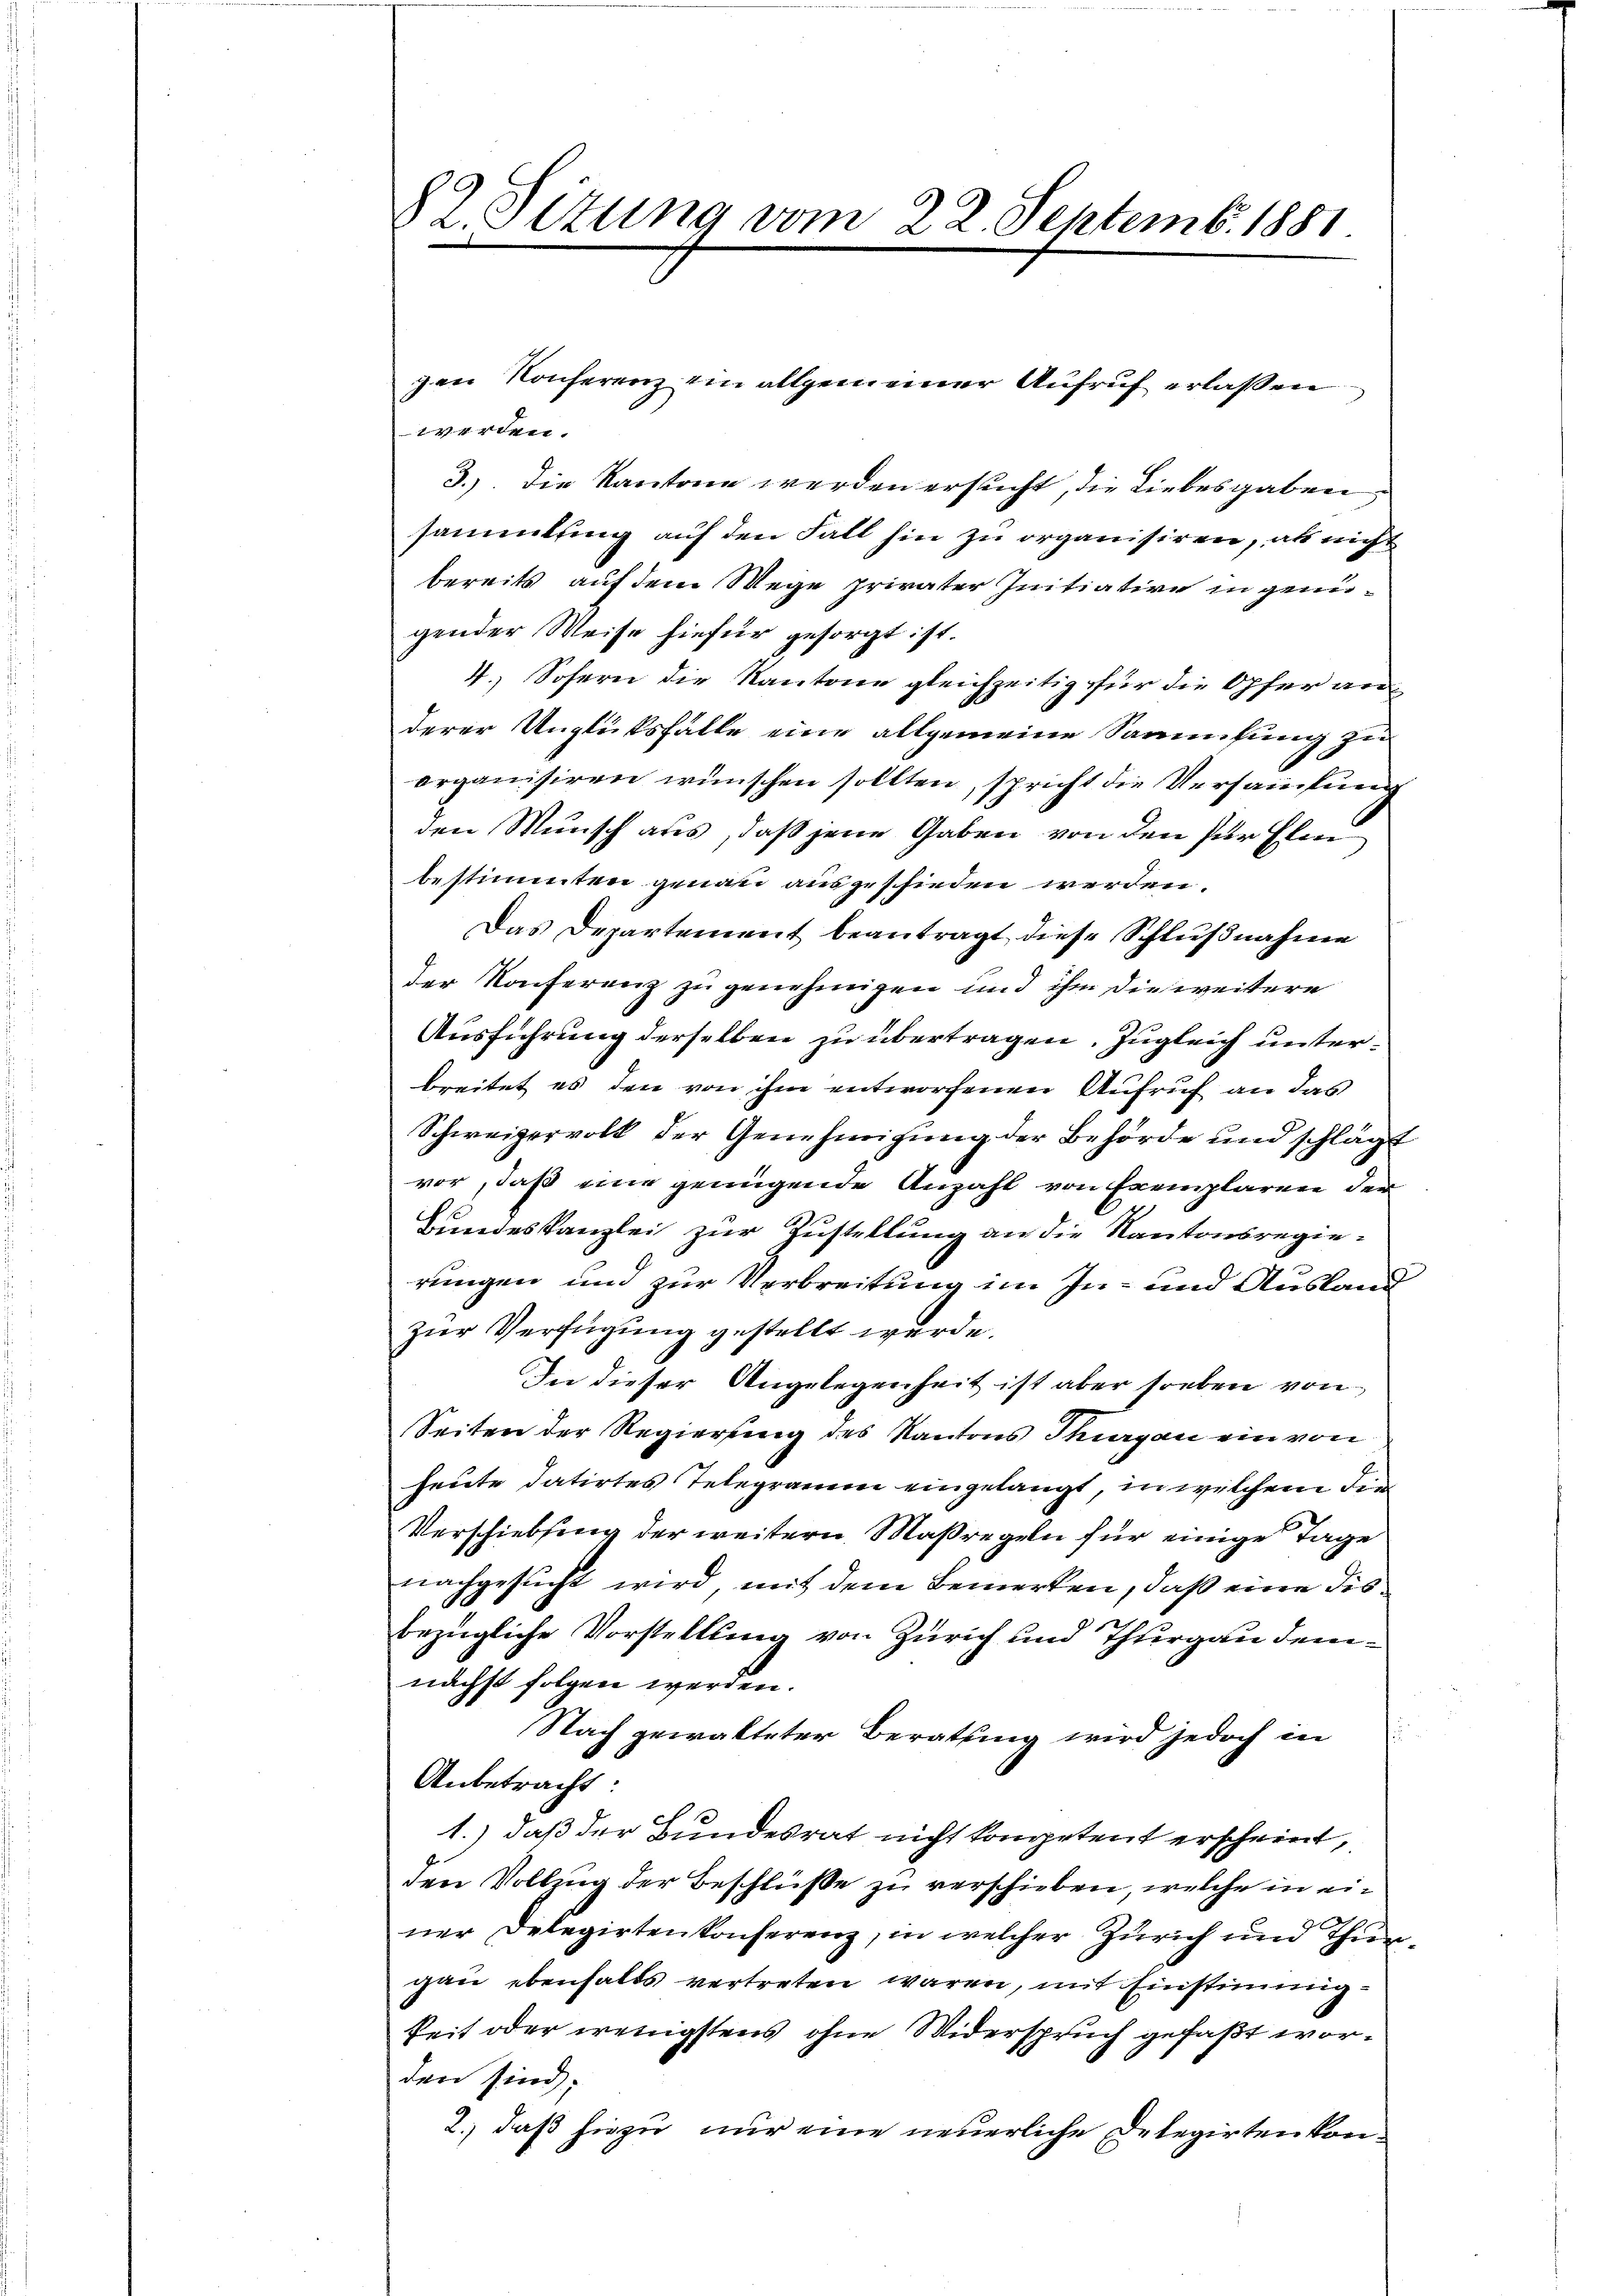
gen Konferenz ein allgemeiner Aufruf erlaßen
werden.
3.) Die Kantone werden ersucht, die Liebesgaben,
sammlung auf den Fall hin zu organisiren, als nicht
bereits auf dem Wege privater Initiative in genügender Weise hiefür gesorgt ist.
4.) Sofern die Kantone gleichzeitig für die Opfer anderer Unglüksfälle eine allgemeine Sammlung zu
organisiren wünschen sollten, spricht die Versammlung
den Wunsch aus, daß jene Gaben von den für Elen
bestimmten genau ausgeschieden werden.
Das Departement beantragt diese Schlŭβnahme
der Konferenz zu genehmigen und ihm die weitere
Ausführung derselben zu übertragen. Zugleich unterbreitet es den von ihm entworfenen Aufruf an das
Schweizervolk der Genehmigung der Behörde und schlägt
vor, daß eine genügende Anzahl von Exemplaren der
Bundeskanzlei zur Zustellung an die Kantonsregierungen und zur Verbreitung im In- und Ausland
zur Verfügung gestellt wurde.
In dieser Angelegenheit ist aber soeben von
Seiten der Regierung des Kantons Thurgau ein von
heute datirtes Telegramm eingelangt, in welchem die
Verschiebung der weitern Maßregeln für einige Tage
nachgesucht wird, mit dem Bemerken, daß eine disbezügliche Vorstellung von Zürich und Thurgau demnächst folgen werden.
Nach gewalteter Berathung wird jedoch in
Anbetracht:
1.) daß der Bundesrat nicht kompetent erscheint,
den Vollzug der Beschlüße zu verschieben, welche in einer Delegirten konferenz, in welcher Zürich und Thurgau ebenfalls vertreten waren, mit Einstimmigkeit oder wenigstens ohne Widerspruch gefaßt worden sind,
2., daß hiezu nur eine neuerliche Delegirten kon¬

82. Sizung vom 22. Septemb. 1881.